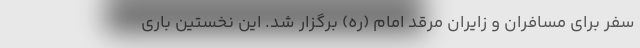
سفر برای مسافران و زایران مرقد امام (ره) برگزار شد. این نخستین باری